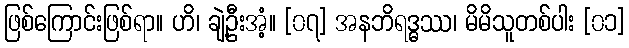
ဖြစ်ကြောင်းဖြစ်ရာ။ ဟိ၊ ချဲ့ဦးအံ့။ [၀၇] အနဘိရဒ္ဓဿ၊ မိမိသူတစ်ပါး [၀၁]